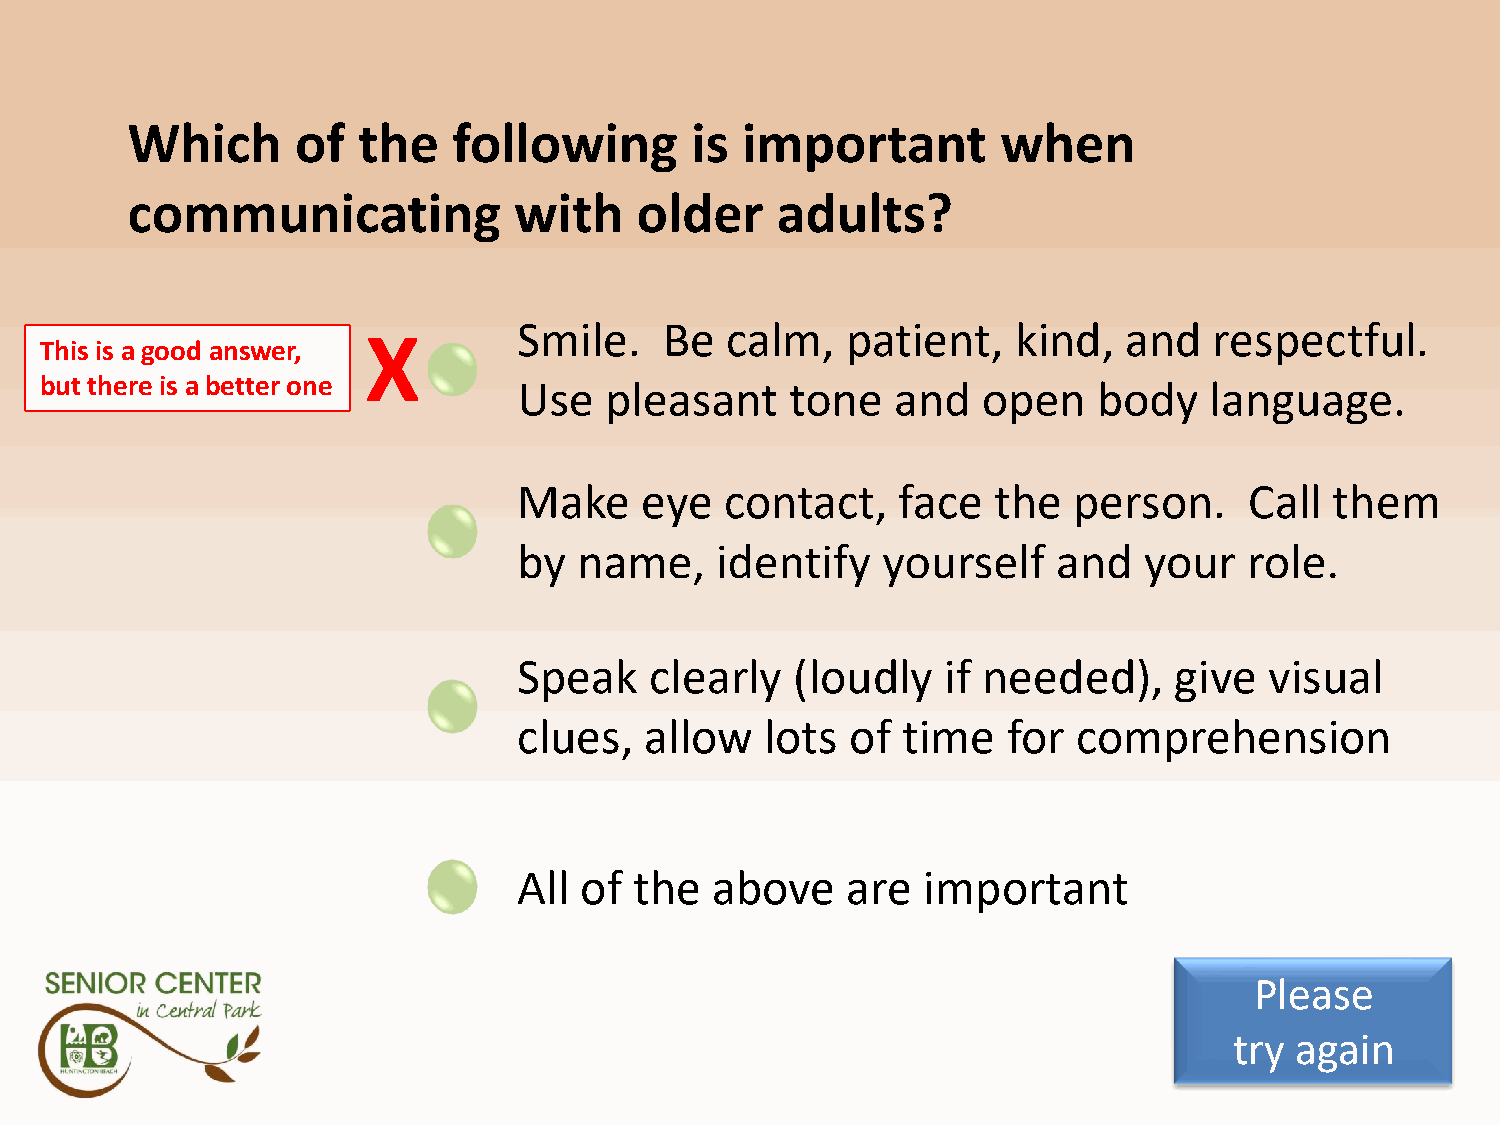
Q7A1
 Which       of  the   following       is important        when
 communicating             with    older    adults?
 Smile.    Be  calm,   patient,   kind,   and  respectful.
 X
 This is a good answer,
 but there is a better one      Use   pleasant    tone   and   open    body   language.
 Make    eye   contact,   face   the  person.     Call them
 by  name,    identify   yourself    and   your   role.
 Speak    clearly   (loudly   if needed),    give  visual
 clues,   allow   lots of  time   for comprehension
 All of  the  above    are  important
 Please
 try again